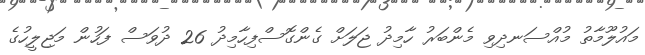
މައުލޫމާތު މުއްސަނދިވި މެންބަރު ހާމިދު ޖަލަށް ގެންގޮސްފިހާމިދު 26 ދުވަސް ފަހުން މަޖިލީހުގެ